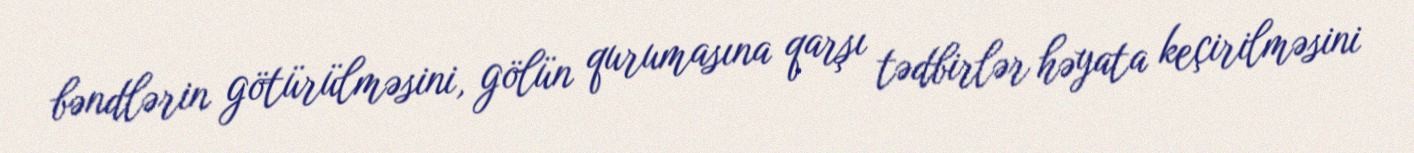
bəndlərin götürülməsini, gölün qurumasına qarşı tədbirlər həyata keçirilməsini